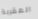
المقربة